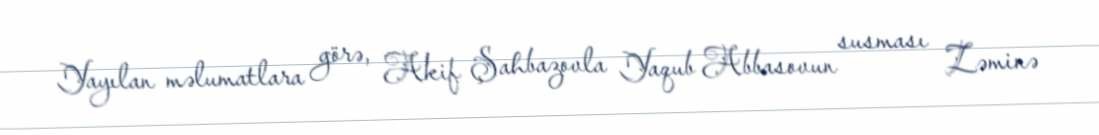
Yayılan məlumatlara görə, Akif Şahbazovla Yaqub Abbasovun susması Zəminə